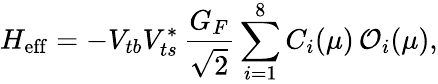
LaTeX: H_{\mathrm{eff}}=-V_{tb}V_{ts}^{*}\, \frac{G_{F}}{\sqrt{2}}\sum_{i=1}^{8}C_{i}(\mu)\, {\cal O}_{i}(\mu),